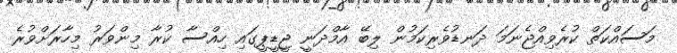
މަސައްކަތް ކުރެވިއްޖެނަމަ ދަނޑުވެރިކަމުން ލިބޭ އާމްދަނީ ޖީޑީޕީގައި ހިއްސާ ކުރާ މިންވަރު މިހާރަށްވުރެ